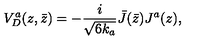
V _ { D } ^ { a } ( z , \bar { z } ) = - { \frac { i } { \sqrt { 6 k _ { a } } } } \bar { J } ( \bar { z } ) J ^ { a } ( z ) ,